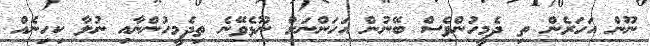
ނޫން އަހަރެން ތި ދެމީހުންވެސް ބޭނުން އަހަންނަށް ނޫޅެވޭނެ ތިދެމީހުންނާއި ނުލާ ކިހިނެއް